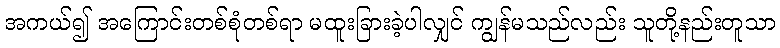
အကယ်၍ အကြောင်းတစ်စုံတစ်ရာ မထူးခြားခဲ့ပါလျှင် ကျွန်မသည်လည်း သူတို့နည်းတူသာ